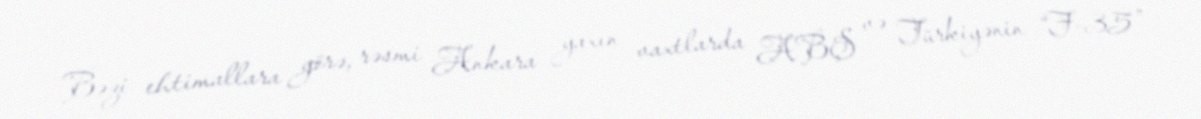
Bəzi ehtimallara görə, rəsmi Ankara yaxın vaxtlarda ABŞ və Türkiyənin “F-35”